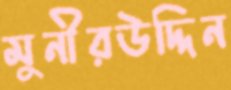
মুনীরউদ্দিন